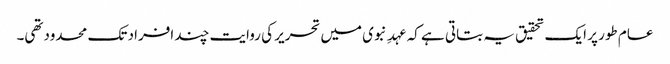
عام طور پر ایک تحقیق یہ بتاتی ہے کہ عہدِ نبوی میں تحریر کی روایت چند افراد تک محدودتھی۔